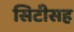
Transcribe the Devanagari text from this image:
सिटीसह